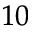
^ { 1 0 }